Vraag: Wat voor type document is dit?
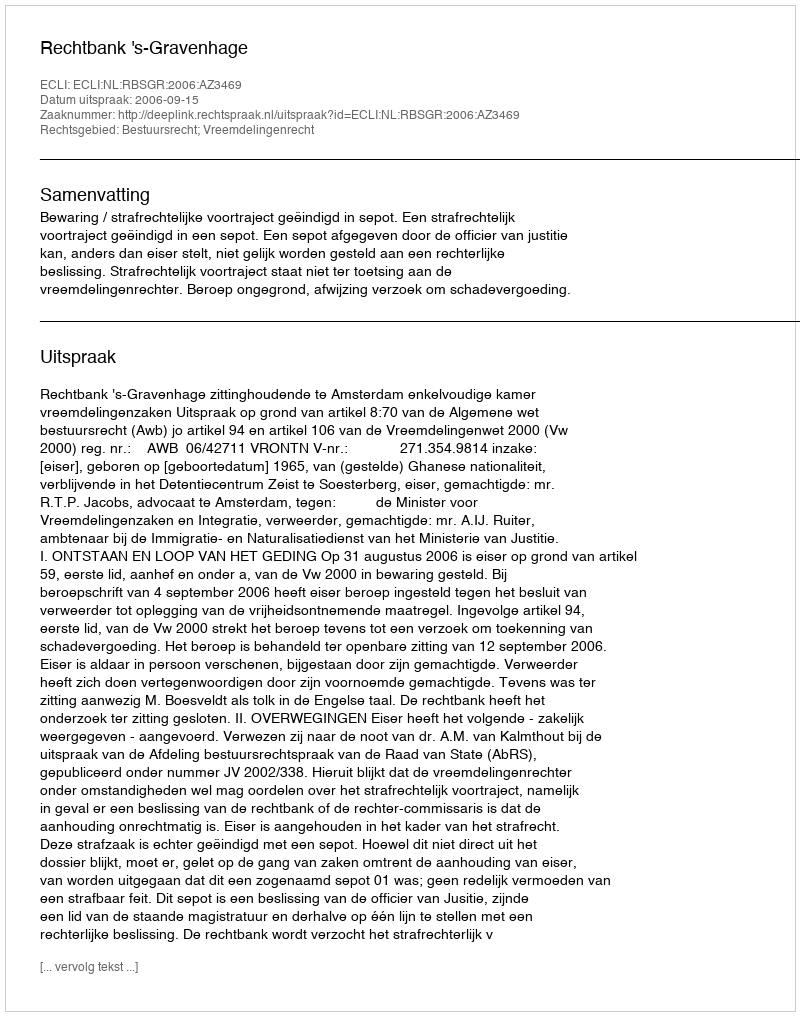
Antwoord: Uitspraak